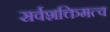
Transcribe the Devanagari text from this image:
सर्वशक्तिमत्व